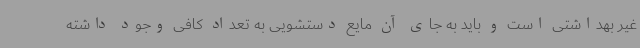
غیر بهداشتی است و باید به جای آن مایع دستشویی به تعداد کافی وجود داشته